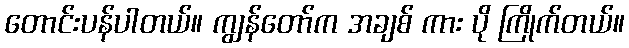
တောင်းပန်ပါတယ်။ ကျွန်တော်က အချစ် ကား ပို ကြိုက်တယ်။